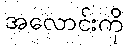
အလောင်းကို